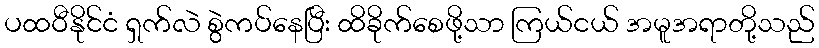
ပထဝီနိုင်ငံ ရှက်လဲ စွဲကပ်နေပြီး ထိခိုက်စေဖို့သာ ကြယ်ငယ် အမူအရာတို့သည်